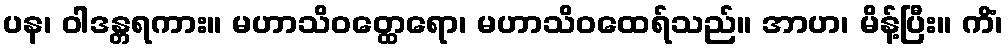
ပန၊ ဝါဒန္တရကား။ မဟာသိဝတ္ထေရော၊ မဟာသိဝထေရ်သည်။ အာဟ၊ မိန့်ပြီး။ ကိံ၊